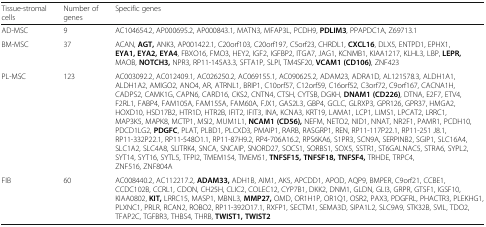
<table><thead><tr><td><b>Tissue-stromal cells</b></td><td><b>Number of genes</b></td><td><b>Specific genes</b></td></tr></thead><tbody><tr><td>AD-MSC</td><td>9</td><td>AC104654.2, AP000695.2, AP000843.1, MATN3, MFAP3L, PCDH9, <b>PDLIM3</b>, PPAPDC1A, Z69713.1</td></tr><tr><td>BM-MSC</td><td>37</td><td>ACAN, <b>AGT,</b> ANK3, AP001422.1, C20orf103, C20orf197, C5orf23, CHRDL1, <b>CXCL16</b>, DLX5, ENTPD1, EPHX1, <b>EYA1, EYA2, EYA4</b>, FBXO16, FMO3, HEY2, IGF2, IGFBP2, ITGA7, JAG1, KCNMB1, KIAA1217, KLHL3, LBP, <b>LEPR,</b> MAOB, <b>NOTCH3,</b> NPR3, RP11-145A3.3, SFTA1P, SLPI, TM4SF20, <b>VCAM1 (CD106)</b>, ZNF423</td></tr><tr><td>PL-MSC</td><td>123</td><td>AC003092.2, AC012409.1, AC026250.2, AC069155.1, AC090625.2, ADAM23, ADRA1D, AL121578.3, ALDH1A1, ALDH1A2, AMIGO2, ANO4, AR, ATRNL1, BRIP1, C10orf57, C12orf59, C16orf52, C3orf72, C9orf167, CACNA1H, CADPS2, CAMK1G, CAPN6, CARD16, CKS2, CNTN4, CTSH, CYTSB, DGKH, <b>DNAM1 (CD226)</b>, DTNA, E2F7, ETV4, F2RL1, FABP4, FAM105A, FAM155A, FAM60A, FJX1, GAS2L3, GBP4, GCLC, GLRXP3, GPR126, GPR37, HMGA2, HOXD10, HSD17B2, HTR1D, HTR2B, IFIT2, IFIT3, INA, KCNA3, KRT19, LAMA1, LCP1, LIMS1, LPCAT2, LRRC1, MAP3K5, MAPK8, MCTP1, MSI2, MUM1L1, <b>NCAM1 (CD56),</b> NEFM, NETO2, NID1, NNAT, NR2F1, PAMR1, PCDH10, PDCD1LG2, <b>PDGFC</b>, PLAT, PLBD1, PLCXD3, PMAIP1, RARB, RASGRP1, REN, RP11-117P22.1, RP11-251 J8.1, RP11-332P22.1, RP11-548O1.1, RP11-87H9.2, RP4-706A16.2, RPS6KA6, S1PR3, SCN9A, SERPINB2, SGIP1, SLC16A4, SLC1A2, SLC4A8, SLITRK4, SNCA, SNCAIP, SNORD27, SOCS1, SORBS1, SOX5, SSTR1, ST6GALNAC5, STRA6, SYPL2, SYT14, SYT16, SYTL5, TFPI2, TMEM154, TMEM51, <b>TNFSF15, TNFSF18, TNFSF4,</b> TRHDE, TRPC4, ZNF516, ZNF804A</td></tr><tr><td>FIB</td><td>60</td><td>AC008440.2, AC112217.2, <b>ADAM33,</b> ADH1B, AIM1, AK5, APCDD1, APOD, AQP9, BMPER, C9orf21, CCBE1, CCDC102B, CCRL1, CDON, CH25H, CLIC2, COLEC12, CYP7B1, DKK2, DNM1, GLDN, GLI3, GRPR, GTSF1, IGSF10, KIAA0802, <b>KIT,</b> LRRC15, MASP1, MBNL3, <b>MMP27,</b> OMD, OR1H1P, OR1Q1, OSR2, PAX3, PDGFRL, PHACTR3, PLEKHG1, PLXNC1, PRLR, RCAN2, ROBO2, RP11-392O17.1, RXFP1, SECTM1, SEMA3D, SIPA1L2, SLC9A9, STK32B, SVIL, TDO2, TFAP2C, TGFBR3, THBS4, THRB, <b>TWIST1, TWIST2</b></td></tr></tbody></table>